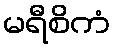
မရီစိကံ